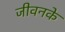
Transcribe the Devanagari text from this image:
जीवनके